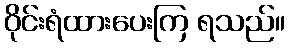
ဝိုင်းရံထားပေးကြ ရသည်။